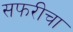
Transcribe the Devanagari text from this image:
सफरीचा